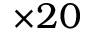
\times 2 0